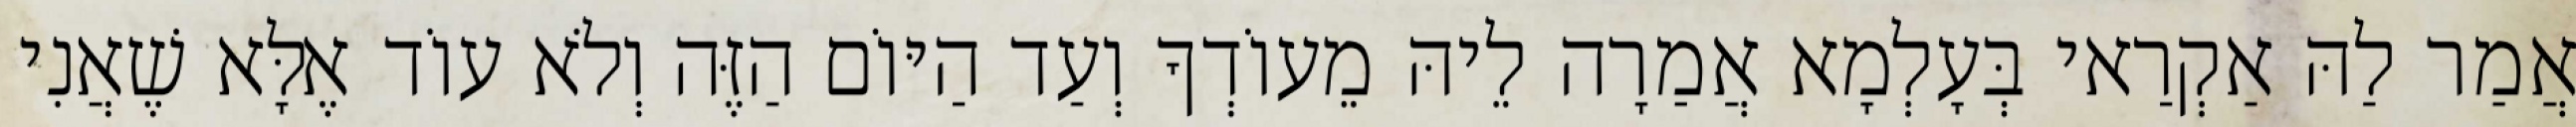
אֲמַר לַהּ אַקְרַאי בְּעָלְמָא אֲמַרָה לֵיהּ מֵעוֹדְךָ וְעַד הַיּוֹם הַזֶּה וְלֹא עוֹד אֶלָּא שֶׁאֲנִי